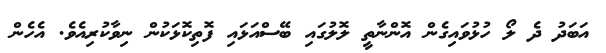
އަބަދު ދެ ލޯ ހުޅުވައިގެން އޮންނާތީ ލޮލުގައި ބޭސްއަޅައި ފޮތިކޮޅަކުން ނިވާކުރިއެވެ. އެހެން